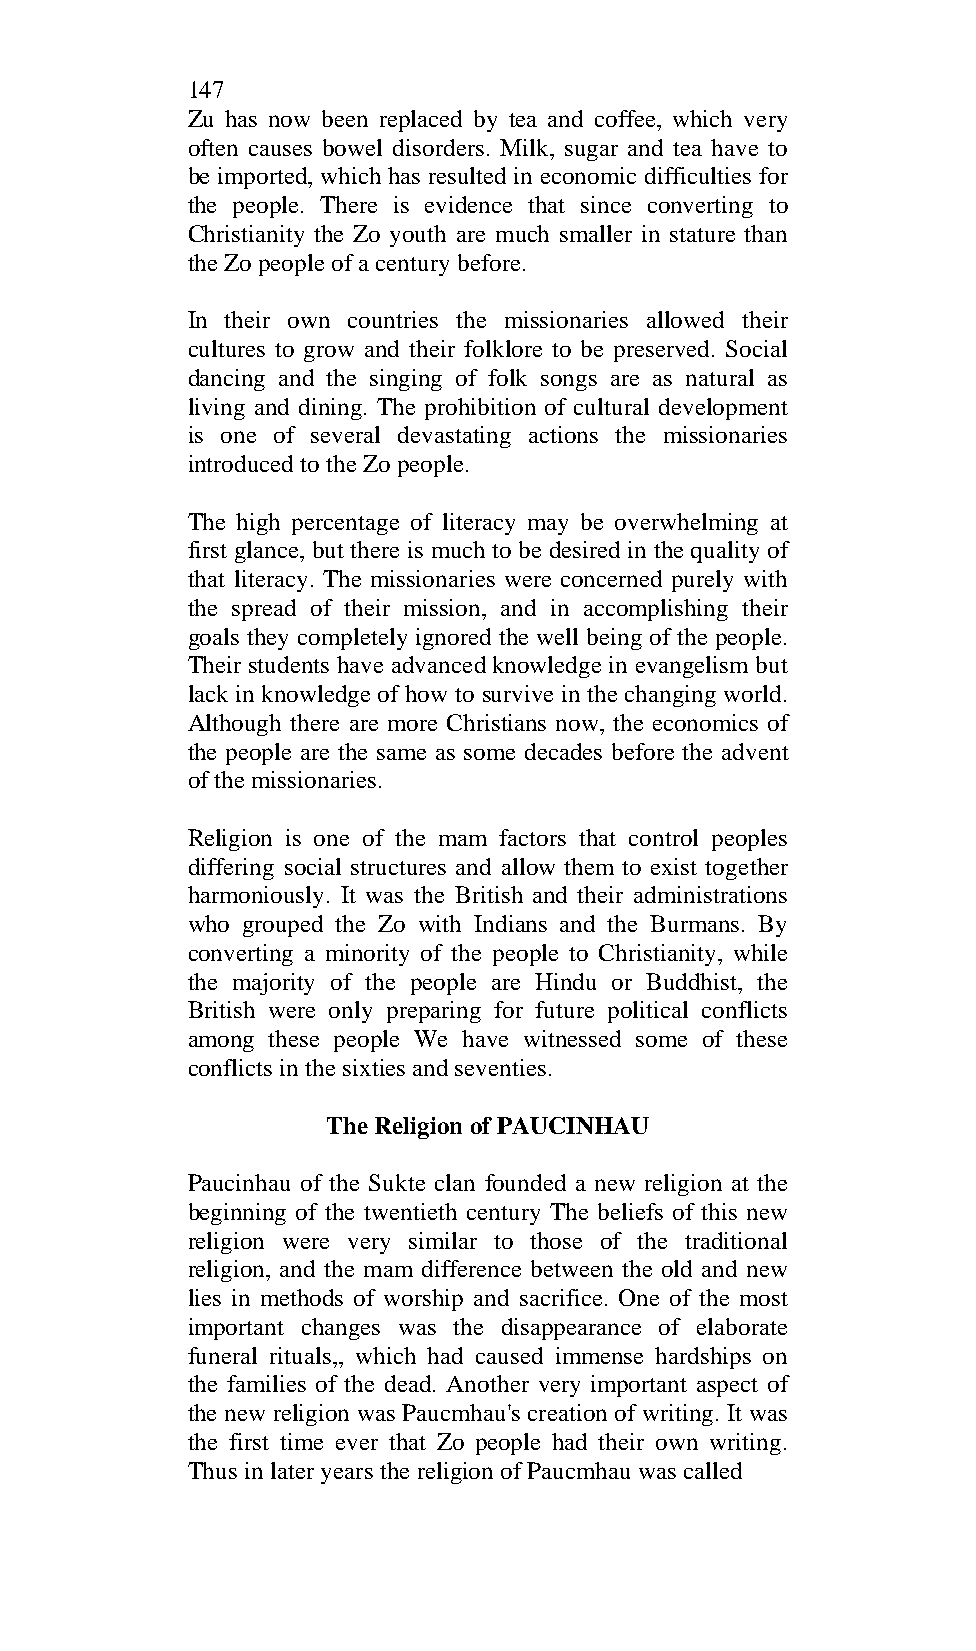
147
 Zu has now been replaced by tea and coffee, which very
 often causes bowel disorders. Milk, sugar and tea have to
 be imported, which has resulted in economic difficulties for
 the people. There is evidence that since converting to
 Christianity the Zo youth are much smaller in stature than
 the Zo people of a century before.
 In their own countries the missionaries allowed their
 cultures to grow and their folklore to be preserved. Social
 dancing and the singing of folk songs are as natural as
 living and dining. The prohibition of cultural development
 is one of several devastating actions the missionaries
 introduced to the Zo people.
 The high percentage of literacy may be overwhelming at
 first glance, but there is much to be desired in the quality of
 that literacy. The missionaries were concerned purely with
 the spread of their mission, and in accomplishing their
 goals they completely ignored the well being of the people.
 Their students have advanced knowledge in evangelism but
 lack in knowledge of how to survive in the changing world.
 Although there are more Christians now, the economics of
 the people are the same as some decades before the advent
 of the missionaries.
 Religion is one of the mam factors that control peoples
 differing social structures and allow them to exist together
 harmoniously. It was the British and their administrations
 who grouped the Zo with Indians and the Burmans. By
 converting a minority of the people to Christianity, while
 the majority of the people are Hindu or Buddhist, the
 British were only preparing for future political conflicts
 among these people We have witnessed some of these
 conflicts in the sixties and seventies.
 The Religion of PAUCINHAU
 Paucinhau of the Sukte clan founded a new religion at the
 beginning of the twentieth century The beliefs of this new
 religion were very similar to those of the traditional
 religion, and the mam difference between the old and new
 lies in methods of worship and sacrifice. One of the most
 important changes was the disappearance of elaborate
 funeral rituals,, which had caused immense hardships on
 the families of the dead. Another very important aspect of
 the new religion was Paucmhau's creation of writing. It was
 the first time ever that Zo people had their own writing.
 Thus in later years the religion of Paucmhau was called